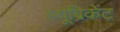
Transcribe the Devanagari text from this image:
ल्यूब्रिकेंट